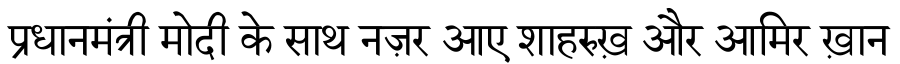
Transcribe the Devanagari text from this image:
प्रधानमंत्री मोदी के साथ नज़र आए शाहरुख़ और आमिर ख़ान